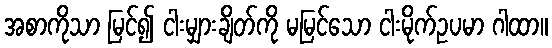
အစာကိုသာ မြင်၍ ငါးမျှားချိတ်ကို မမြင်သော ငါးမိုက်ဥပမာ ဂါထာ။